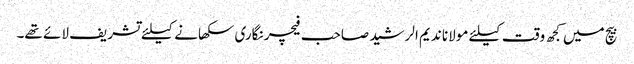
بیچ میں کجھ وقت کیلئے مولانا ندیم الرشید صاحب فیچر نگاری سکھانے کیلئے تشریف لائے تھے۔